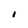
Character: I